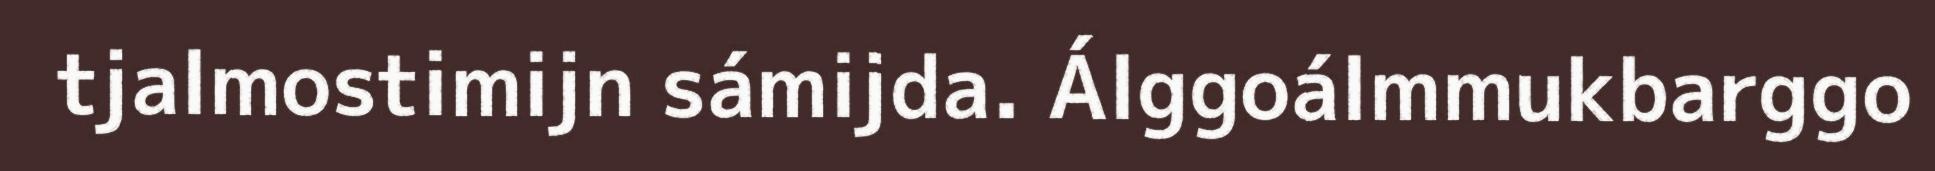
tjalmostimijn sámijda. Álggoálmmukbarggo